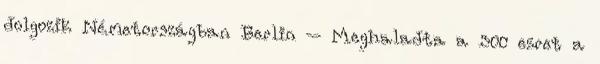
dolgozik Németországban Berlin – Meghaladta a 300 ezret a